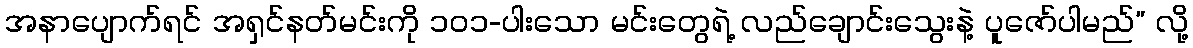
အနာပျောက်ရင် အရှင်နတ်မင်းကို ၁၀၁-ပါးသော မင်းတွေရဲ့ လည်ချောင်းသွေးနဲ့ ပူဇော်ပါမည်” လို့